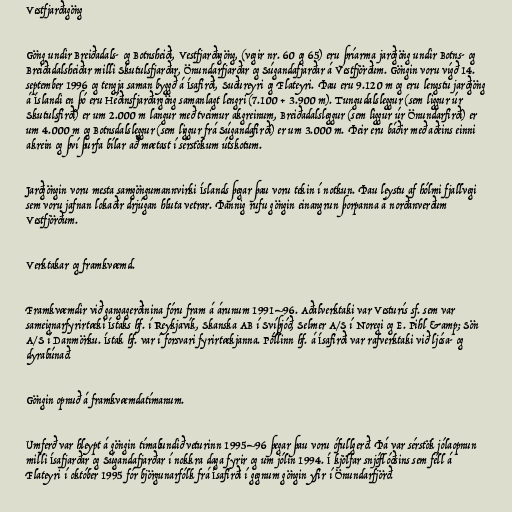
Vestfjarðagöng

Göng undir Breiðadals- og Botnsheiði, Vestfjarðagöng, (vegir nr. 60 og 65) eru þríarma jarðgöng undir Botns- og
Breiðadalsheiðar milli Skutulsfjarðar, Önundarfjarðar og Súgandafjarðar á Vestfjörðum. Göngin voru vígð 14.
september 1996 og tengja saman byggð á Ísafirði, Suðureyri og Flateyri. Þau eru 9.120 m og eru lengstu jarðgöng
á Íslandi en þó eru Héðinsfjarðargöng samanlagt lengri (7.100 + 3.900 m). Tungudalsleggur (sem liggur úr
Skutulsfirði) er um 2.000 m langur með tveimur akgreinum, Breiðadalsleggur (sem liggur úr Önundarfirði) er
um 4.000 m og Botnsdalsleggur (sem liggur frá Súgandafirði) er um 3.000 m. Þeir eru báðir með aðeins einni
akrein og því þurfa bílar að mætast í sérstökum útskotum.

Jarðgöngin voru mesta samgöngumannvirki Íslands þegar þau voru tekin í notkun. Þau leystu af hólmi fjallvegi
sem voru jafnan lokaðir drjúgan hluta vetrar. Þannig rufu göngin einangrun þorpanna á norðanverðum
Vestfjörðum.

Verktakar og framkvæmd.

Framkvæmdir við gangagerðinina fóru fram á árunum 1991–96. Aðalverktaki var Vesturís sf. sem var
sameignarfyrirtæki Ístaks hf. í Reykjavík, Skanska AB í Svíþjóð, Selmer A/S í Noregi og E. Pihl &amp; Sön
A/S í Danmörku. Ístak hf. var í forsvari fyrirtækjanna. Póllinn hf. á Ísafirði var rafverktaki við ljósa- og
dyrabúnað.

Göngin opnuð á framkvæmdatímanum.

Umferð var hleypt á göngin tímabundið veturinn 1995–96 þegar þau voru ófullgerð. Þá var sérstök jólaopnun
milli Ísafjarðar og Súgandafjarðar í nokkra daga fyrir og um jólin 1994. Í kjölfar snjóflóðsins sem féll á
Flateyri í október 1995 fór björgunarfólk frá Ísafirði í gegnum göngin yfir í Önundarfjörð.